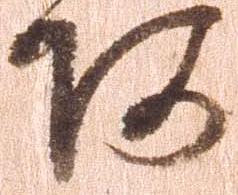
阿